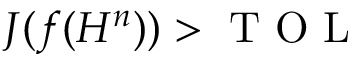
J ( f ( H ^ { n } ) ) > \mathrm { ~ T ~ O ~ L ~ }